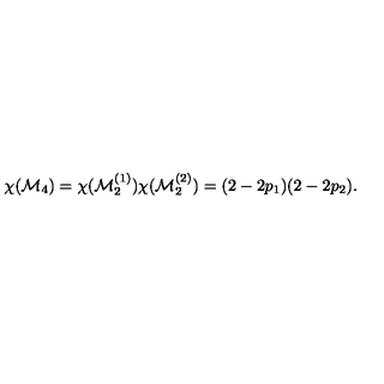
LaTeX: \chi ( { \cal M } _ { 4 } ) = \chi ( { \cal M } _ { 2 } ^ { ( 1 ) } ) \chi ( { \cal M } _ { 2 } ^ { ( 2 ) } ) = ( 2 - 2 p _ { 1 } ) ( 2 - 2 p _ { 2 } ) .